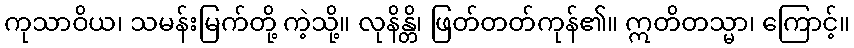
ကုသာဝိယ၊ သမန်းမြက်တို့ ကဲ့သို့။ လုနိန္တိ၊ ဖြတ်တတ်ကုန်၏။ ဣတိတသ္မာ၊ ကြောင့်။